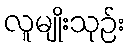
လူမျိုးသုဉ်း